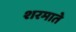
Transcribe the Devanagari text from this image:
शरमाते